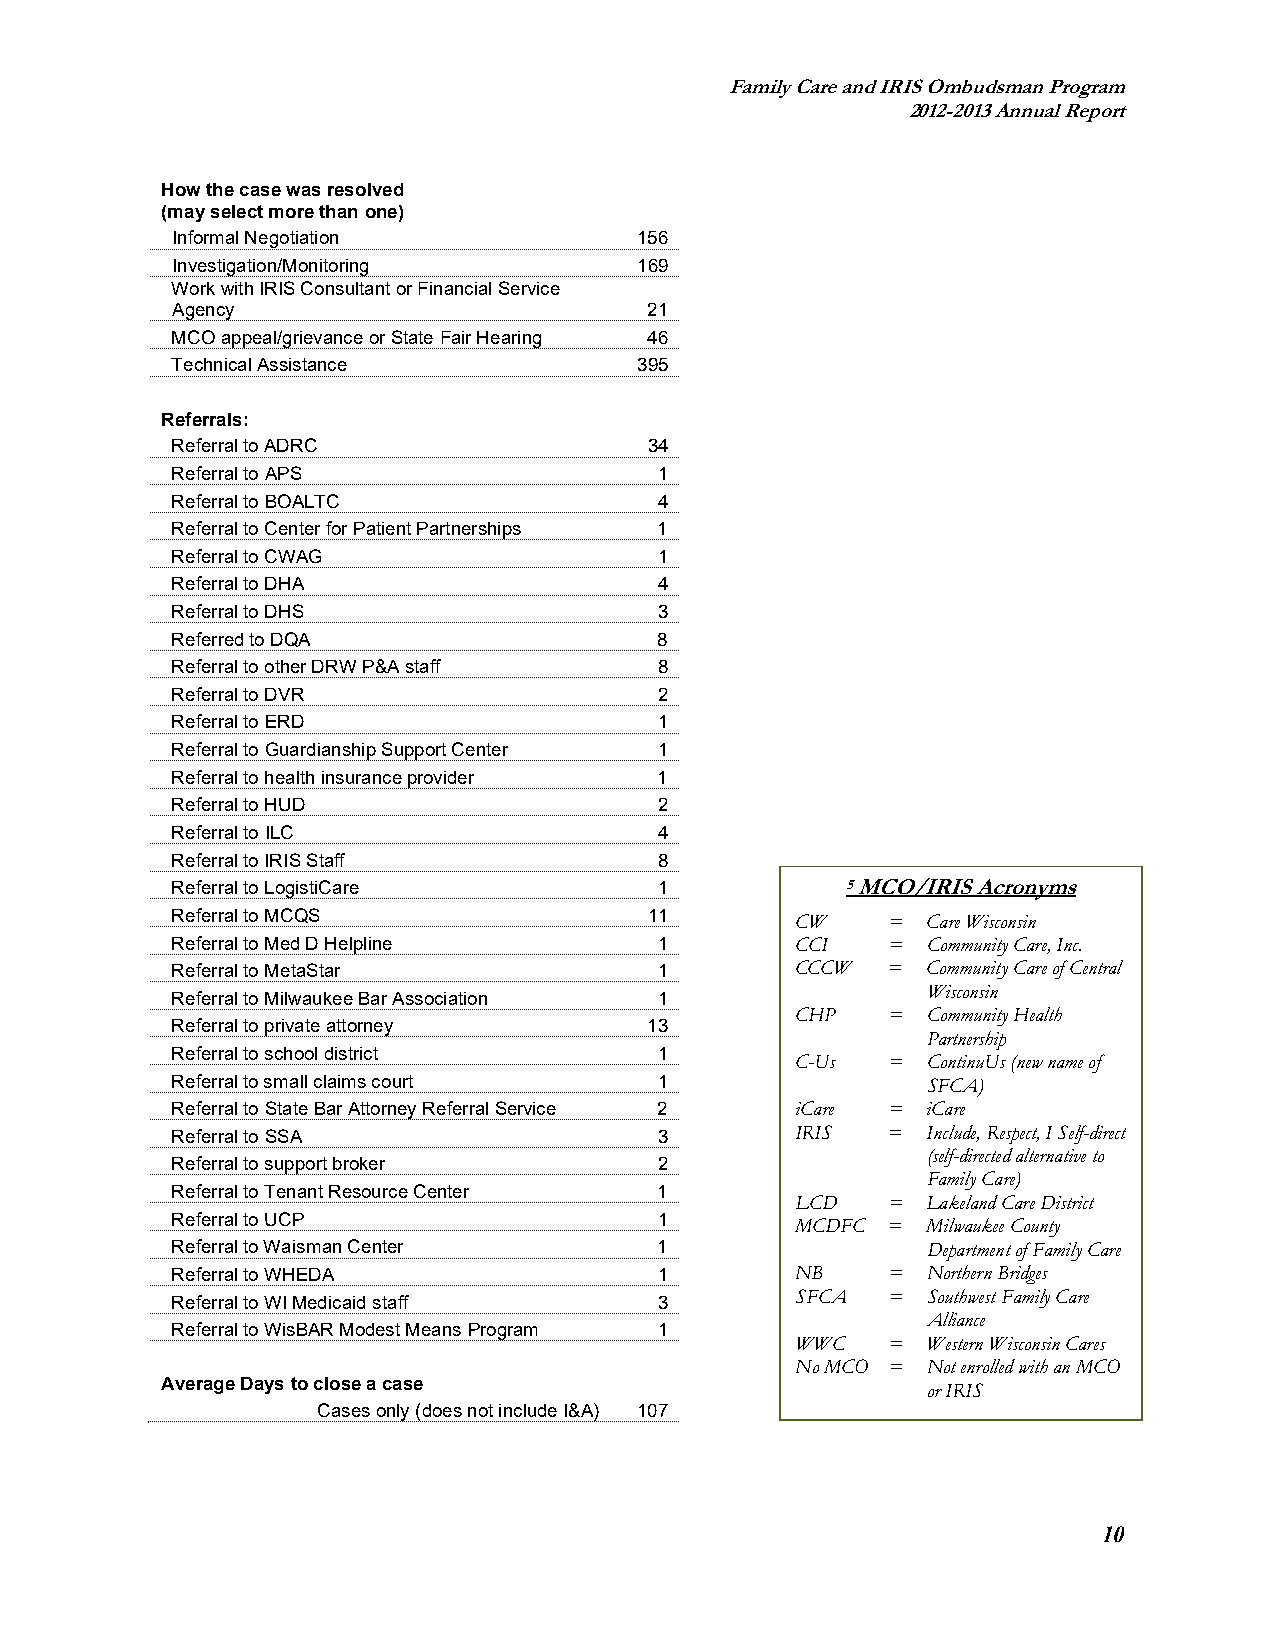
Family Care and IRIS Ombudsman Program
 2012-2013 Annual Report
 How the case was resolved
 (may select more than one)
 Informal Negotiation           156
 Investigation/Monitoring       169
 Work with IRIS Consultant or Financial Service
 Agency                          21
 MCO appeal/grievance or State Fair Hearing 46
 Technical Assistance           395
 Referrals:
 Referral to ADRC                34
 Referral to APS                  1
 Referral to BOALTC               4
 Referral to Center for Patient Partnerships 1
 Referral to CWAG                 1
 Referral to DHA                  4
 Referral to DHS                  3
 Referred to DQA                  8
 Referral to other DRW P&A staff  8
 Referral to DVR                  2
 Referral to ERD                  1
 Referral to Guardianship Support Center 1
 Referral to health insurance provider 1
 Referral to HUD                  2
 Referral to ILC                  4
 Referral to IRIS Staff           8
 Referral to LogistiCare          1           5 MCO/IRIS Acronyms
 Referral to MCQS                11        CW    = Care Wisconsin
 Referral to Med D Helpline       1        CCI   = Community Care, Inc.
 Referral to MetaStar             1        CCCW  = Community Care of Central
 Wisconsin
 Referral to Milwaukee Bar Association 1
 CHP   = Community Health
 Referral to private attorney    13
 Partnership
 Referral to school district      1
 C-Us  = ContinuUs (new name of
 Referral to small claims court   1                SFCA)
 Referral to State Bar Attorney Referral Service 2 iCare = iCare
 Referral to SSA                  3        IRIS  = Include, Respect, I Self-direct
 (self-directed alternative to
 Referral to support broker       2
 Family Care)
 Referral to Tenant Resource Center 1
 LCD   = Lakeland Care District
 Referral to UCP                  1
 MCDFC = Milwaukee County
 Referral to Waisman Center       1                Department of Family Care
 Referral to WHEDA                1        NB    = Northern Bridges
 Referral to WI Medicaid staff    3        SFCA  = Southwest Family Care
 Alliance
 Referral to WisBAR Modest Means Program 1
 WWC   = Western Wisconsin Cares
 No MCO = Not enrolled with an MCO
 Average Days to close a case                      or IRIS
 Cases only (does not include I&A) 107
 10